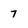
Character: 7